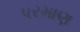
પરમાણ